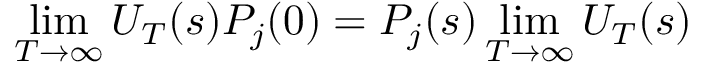
\operatorname * { l i m } _ { T \to \infty } U _ { T } ( s ) P _ { j } ( 0 ) = P _ { j } ( s ) \operatorname * { l i m } _ { T \to \infty } U _ { T } ( s )